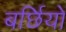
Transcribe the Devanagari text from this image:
बर्छियों